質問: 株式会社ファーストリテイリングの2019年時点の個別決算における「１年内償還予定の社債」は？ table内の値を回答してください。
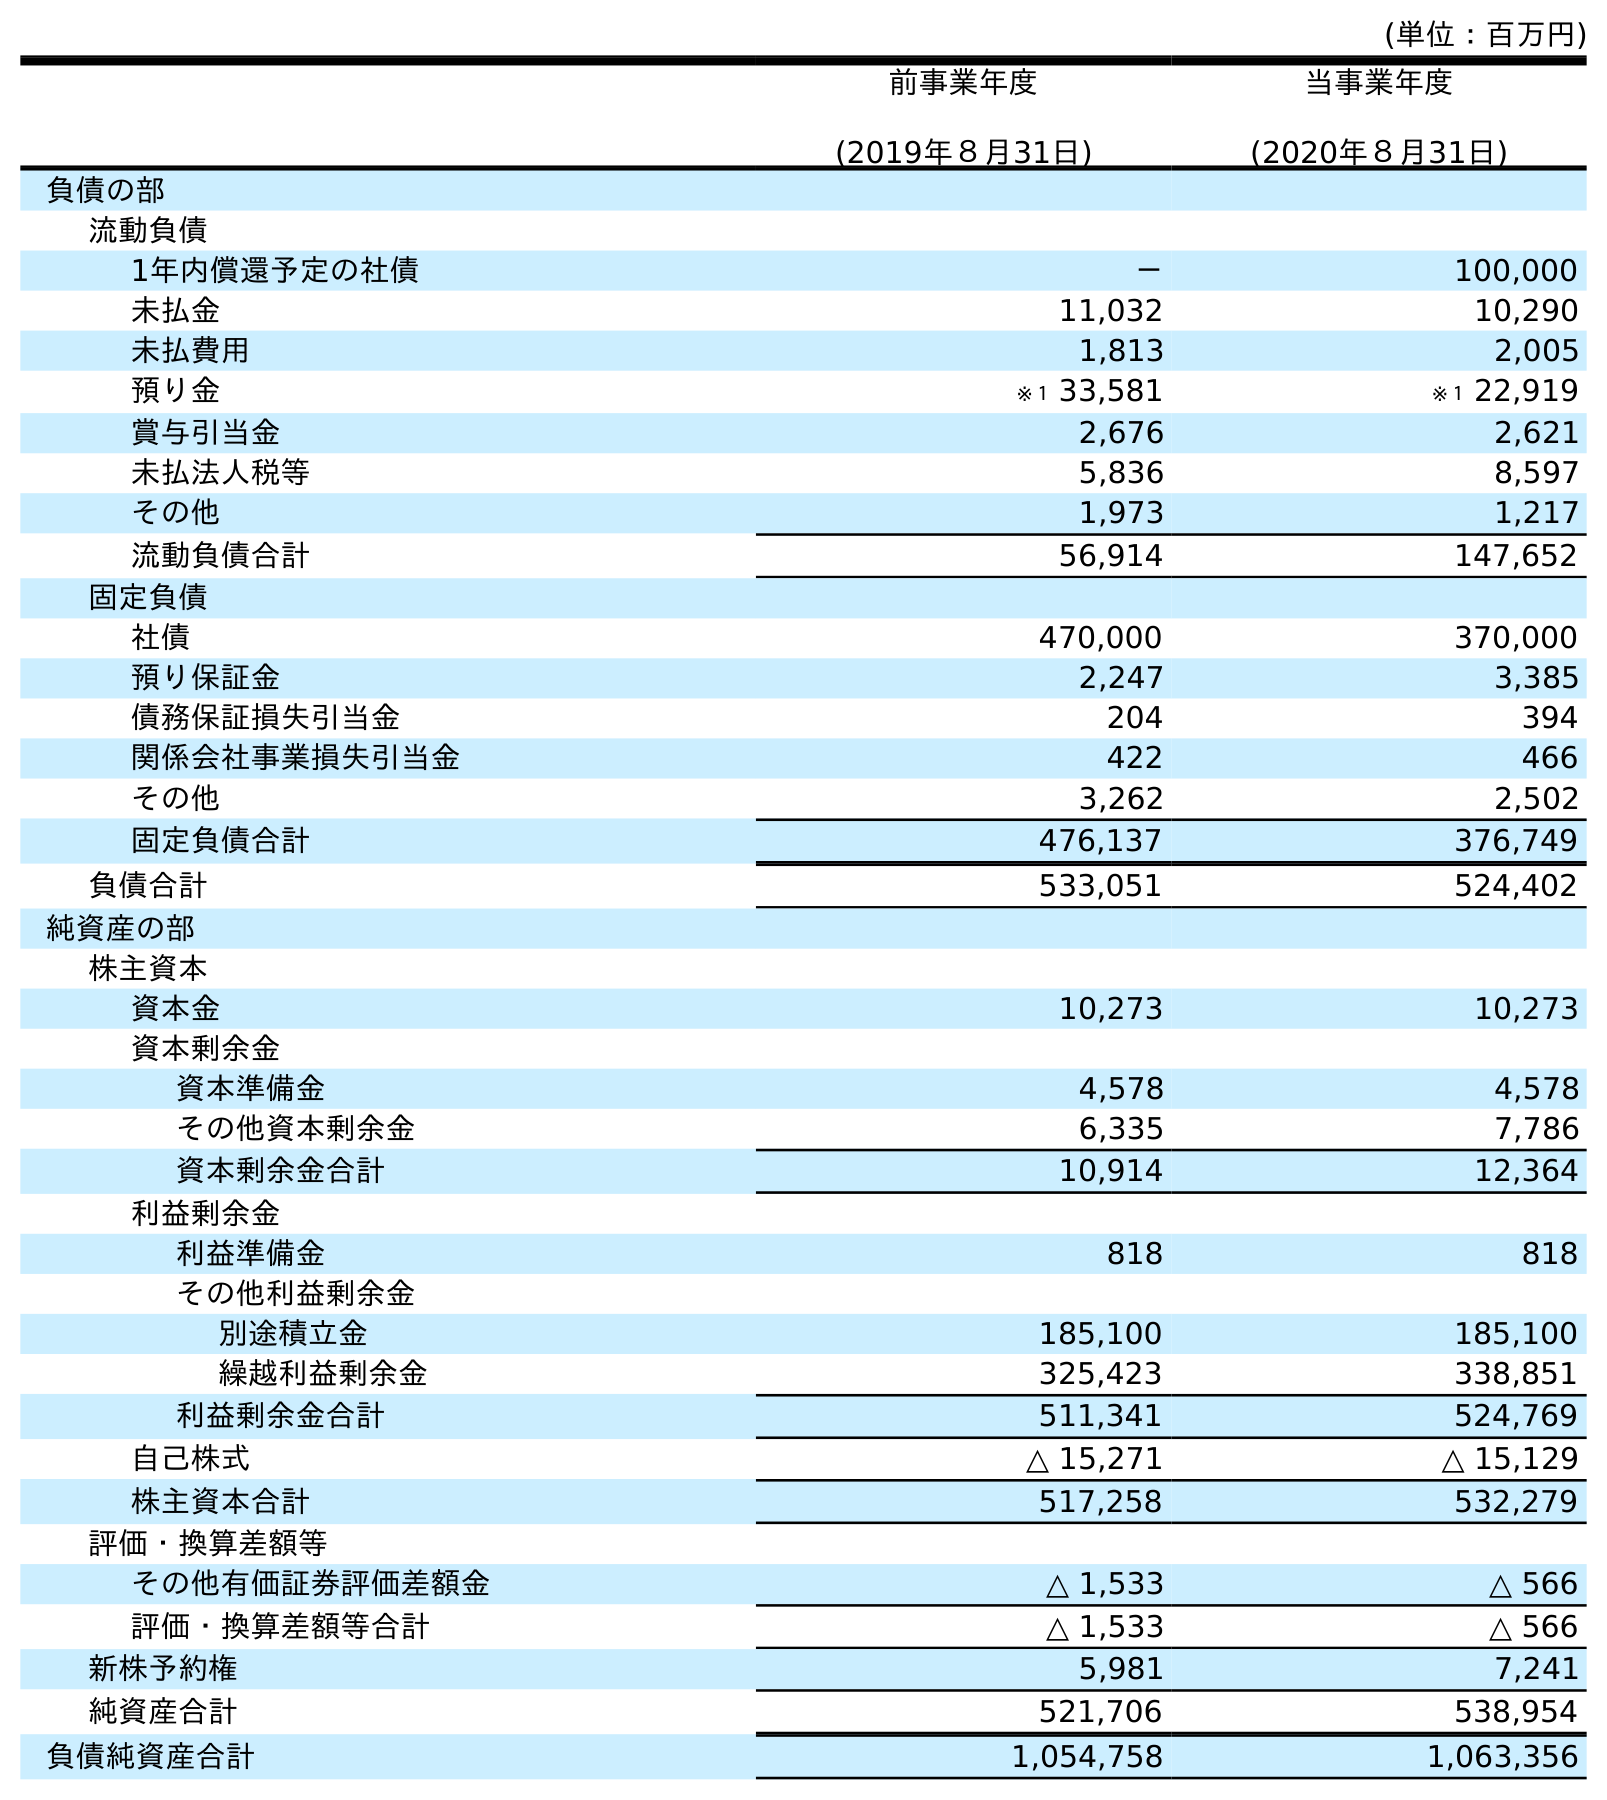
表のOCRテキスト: (単位：百万円) 前事業年度 (2019年８月31日) 当事業年度 (2020年８月31日) 負債の部 流動負債 1年内償還予定の社債 － 100,000 未払金 11,032 10,290 未払費用 1,813 2,005 預り金 ※１ 33,581 ※１ 22,919 賞与引当金 2,676 2,621 未払法人税等 5,836 8,597 その他 1,973 1,217 流動負債合計 56,914 147,652 固定負債 社債 470,000 370,000 預り保証金 2,247 3,385 債務保証損失引当金 204 394 関係会社事業損失引当金 422 466 その他 3,262 2,502 固定負債合計 476,137 376,749 負債合計 533,051 524,402 純資産の部 株主資本 資本金 10,273 10,273 資本剰余金 資本準備金 4,578 4,578 その他資本剰余金 6,335 7,786 資本剰余金合計 10,914 12,364 利益剰余金 利益準備金 818 818 その他利益剰余金 別途積立金 185,100 185,100 繰越利益剰余金 325,423 338,851 利益剰余金合計 511,341 524,769 自己株式 △ 15,271 △ 15,129 株主資本合計 517,258 532,279 評価・換算差額等 その他有価証券評価差額金 △ 1,533 △ 566 評価・換算差額等合計 △ 1,533 △ 566 新株予約権 5,981 7,241 純資産合計 521,706 538,954 負債純資産合計 1,054,758 1,063,356
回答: －